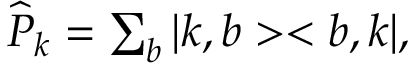
\begin{array} { r } { \widehat { P } _ { k } = \sum _ { b } | k , b > < b , k | , } \end{array}